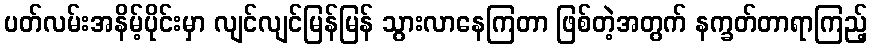
ပတ်လမ်းအနိမ့်ပိုင်းမှာ လျင်လျင်မြန်မြန် သွားလာနေကြတာ ဖြစ်တဲ့အတွက် နက္ခတ်တာရာကြည့်